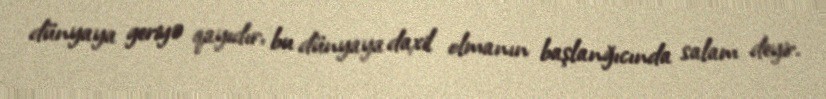
dünyaya geriyə qayıdır, bu dünyaya daxil olmanın başlanğıcında salam deyir.